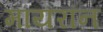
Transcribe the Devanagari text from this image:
मायरॉन